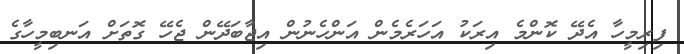
ފިރިމީހާ އެދޭ ކޮންމެ އިރަކު އަހަރެމެން އަންހެނުން އިޖާބަދޭން ޖެހޭ ގޮތަށް އަނބިމީހާގެ